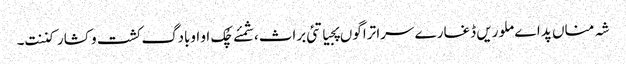
شہ مناں پد اے ملوریں ڈغارے سرا تراگوں پجیاتئی براث،شمئے چُک او اوبادگ کشت و کشار کننت۔